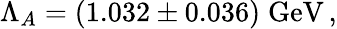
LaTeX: \Lambda_{A}=(1.032\pm 0.036)\mathrm{\; GeV}\, ,